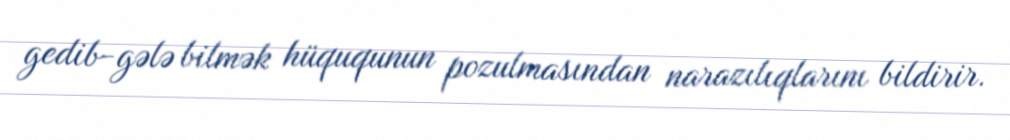
gedib-gələ bilmək hüququnun pozulmasından narazılıqlarını bildirir.